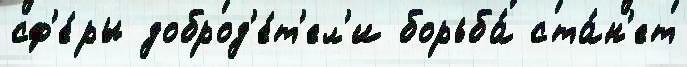
сф'е́ры доброд'е́т'ел'и борьба́ ста́н'ет